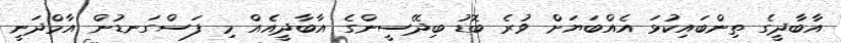
އާބާދީގެ ތިންބައިކުޅަ އެއްބަޔަށް ވުރެ ބޮޑު ބިދޭސީންގެ އާބާދީއެއް މި ފަސްގަނޑުން އާމްދަނީ